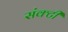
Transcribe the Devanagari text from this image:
संक्टी